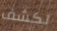
لكشف